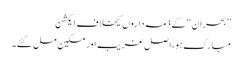
’’بحران‘‘ کے ذمہ داروں کیخلاف ایکشن
مبارک ہو،اصل غریب اور مسکین مل گئے۔